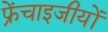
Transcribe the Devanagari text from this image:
फ्रेंचाइजीयों